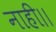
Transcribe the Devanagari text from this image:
नाही।।